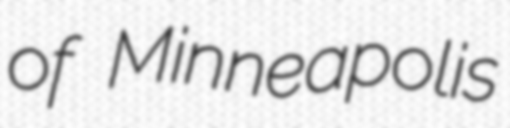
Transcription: of Minneapolis